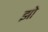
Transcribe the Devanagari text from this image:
झो